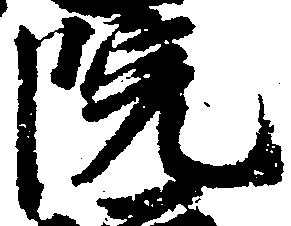
院